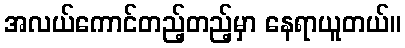
အလယ်ကောင်တည့်တည့်မှာ နေရာယူတယ်။